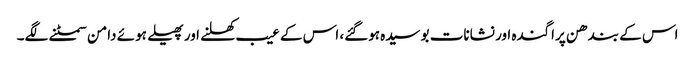
اس کے بندھن پراگندہ اور نشانات بوسیدہ ہوگئے، اس کے عیب کھلنے اور پھیلے ہوئے دامن سمٹنے لگے۔